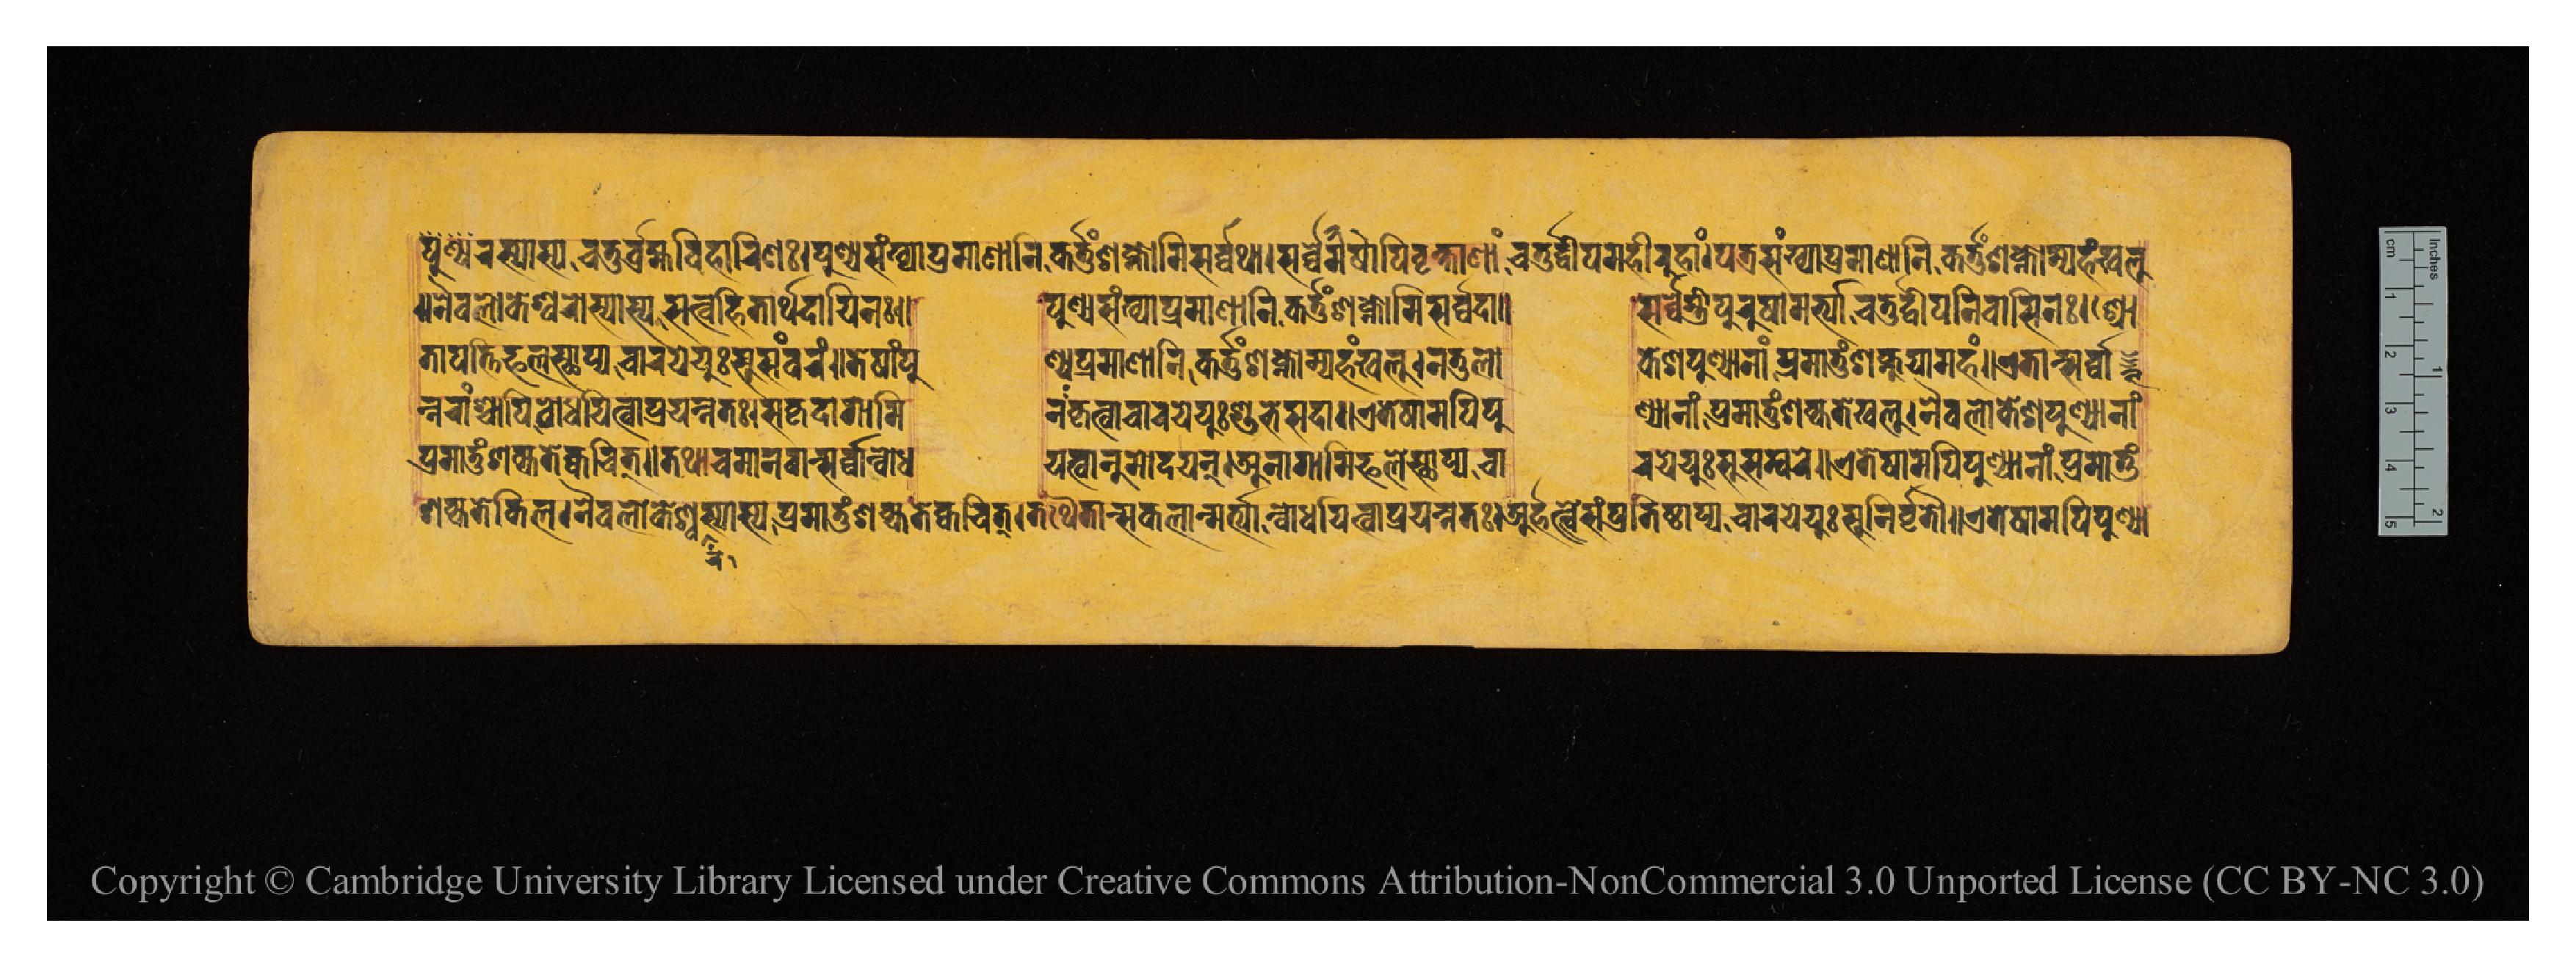
𑐬𑐳𑑂𑐫𑐵𑐳𑑂𑐫𑐔𑐟𑐸𑐬𑑂𑐧𑑂𑐬𑐴𑑂𑐩𑐰𑐶𑐴𑐵𑐬𑐶𑐞𑑅𑑋𑐥𑐸𑐞𑑂𑐫𑐳𑑄𑐏𑑂𑐫𑐵𑐥𑑂𑐬𑐩𑐵𑐞𑐵𑐣𑐶𑐎𑐬𑑂𑐟𑐸𑑄𑐱𑐎𑑂𑐣𑑀𑐩𑐶𑐳𑐬𑑂𑐰𑑂𑐰𑐠𑐵𑑋𑐳𑐬𑑂𑐰𑑂𑐰𑐾𑐲𑐵𑐩𑐥𑐶𑐰𑐺𑐎𑑂𑐲𑐵𑐞𑐵𑐘𑑂𑐔𑐟𑐸𑐬𑑂𑐡𑑂𑐰𑐶𑐥𑐩𑐴𑐷𑐬𑐸𑐴𑐵𑑄𑑋𑐥𑐟𑑂𑐬𑐳𑑄𑐏𑑂𑐫𑐵𑐥𑑂𑐬𑐩𑐵𑐞𑐵𑐣𑐶𑐎𑐬𑑂𑐟𑐸𑑄𑐱𑐎𑑂𑐣𑑀𑐩𑑂𑐫𑐴𑑄𑐏𑐮𑐸 𑑌𑐣𑐿𑐰𑐮𑑀𑐎𑐾𑐱𑑂𑐰𑐬𑐳𑑂𑐫𑐵𑐳𑑂𑐫𑐳𑐟𑑂𑐰𑐴𑐶𑐟𑐵𑐬𑑂𑐠𑐡𑐵𑐫𑐶𑐣𑑅𑑌  𑐥𑐸𑐞𑑂𑐫𑐳𑑄𑐏𑑂𑐫𑐵𑐥𑑂𑐬𑐩𑐵𑐞𑐵𑐣𑐶𑐎𑐬𑑂𑐟𑐸𑑄𑐱𑐎𑑂𑐣𑑀𑐩𑐶𑐳𑐬𑑂𑐰𑑂𑐰𑐡𑐵𑑌  𑐳𑐬𑑂𑐰𑑂𑐰𑐾𑐳𑑂𑐟𑑂𑐬𑐷𑐥𑐸𑐬𑐸𑐲𑐵𑐩𑐬𑑂𑐫𑐵𑐱𑑂𑐔𑐟𑐸𑐬𑑂𑐡𑑂𑐰𑐷𑐥𑐣𑐶𑐰𑐵𑐳𑐶𑐣𑑅𑑋𑐱𑑂𑐬𑑀 𑐟𑐵𑐥𑐟𑑂𑐟𑐶𑐦𑐮𑐾𑐳𑑂𑐠𑐵𑐥𑑂𑐫𑐔𑐵𑐬𑐫𑐾𑐫𑐸𑑅𑐳𑐸𑐳𑑄𑐰𑐬𑑄𑑌𑐟𑐾𑐲𑐵𑑄𑐥𑐸  𑐞𑑂𑐫𑐥𑑂𑐬𑐩𑐵𑐞𑐵𑐣𑐶𑐎𑐬𑑂𑐟𑐸𑑄𑐱𑐎𑑂𑐣𑑀𑐩𑑂𑐫𑐴𑑄𑐏𑐮𑐸𑑋𑐣𑐟𑐸𑐮𑑀  𑐎𑐾𑐱𑐥𑐸𑐞𑑂𑐫𑐵𑐣𑐵𑑄𑐥𑑂𑐬𑐩𑐵𑐟𑐸𑑄𑐱𑐎𑑂𑐣𑐸𑐫𑐵𑐩𑐴𑑄𑑌𑐊𑐟𑐵𑐣𑑂𑐳𑐬𑑂𑐰𑑂𑐰𑐵 𑐣𑑂𑐣𑐬𑐵𑑄𑐱𑑂𑐔𑐵𑐥𑐶𑐧𑑀𑐢𑐫𑐶𑐟𑑂𑐰𑐵𑐥𑑂𑐬𑐫𑐟𑑂𑐣𑐟𑑅𑑋𑐳𑐎𑐺𑐡𑐵𑐐𑐵𑐩𑐶  𑐣𑑄𑐎𑐺𑐟𑑂𑐰𑐵𑐔𑐵𑐬𑐫𑐾𑐫𑐸𑑅𑐱𑐸𑐨𑐾𑐳𑐡𑐵𑑌𑐊𑐟𑐾𑐲𑐵𑐩𑐥𑐶𑐥𑐸  𑐞𑑂𑐫𑐵𑐣𑐵𑑄𑐥𑑂𑐬𑐩𑐵𑐟𑐸𑑄𑐱𑐎𑑂𑐫𑐟𑐾𑐏𑐮𑐸𑑋𑐣𑐿𑐰𑐮𑑀𑐎𑐾𑐱𑐥𑐸𑐞𑑂𑐫𑐵𑐣𑐵𑑄 𑐥𑑂𑐬𑐩𑐵𑐟𑐸𑑄𑐱𑐎𑑂𑐫𑐟𑐾𑐎𑑂𑐰𑐔𑐶𑐟𑑂𑑌𑐟𑐠𑐵𑐔𑐩𑐵𑐣𑐰𑐵𑐣𑑂𑐳𑐬𑑂𑐰𑑂𑐰𑐵𑐣𑑂𑐧𑑀𑐢  𑐫𑐶𑐟𑑂𑐰𑐵𑐣𑐸𑐩𑑀𑐡𑐫𑐣𑑂𑑋𑐀𑐣𑐵𑐐𑐵𑐩𑐷𑐦𑐮𑐾𑐳𑑂𑐠𑐵𑐥𑑂𑐫𑐔𑐵  𑐬𑐫𑐾𑐫𑐸𑑅𑐳𑐸𑐳𑑄𑐧𑐬𑐾𑑌𑐊𑐟𑐾𑐲𑐵𑐩𑐥𑐶𑐥𑐸𑐞𑑂𑐫𑐵𑐣𑐵𑑄𑐥𑑂𑐬𑐩𑐵𑐟𑐸𑑄 𑐱𑐎𑑂𑐫𑐟𑐾𑐎𑐶𑐮𑑋𑐣𑐿𑐰𑐮𑑀𑐎𑐾𑐱𑑂𑐰𑐬𑐳𑑂𑐫𑐵𑐳𑑂𑐫𑐥𑑂𑐬𑐩𑐵𑐟𑐸𑑄𑐱𑐎𑑂𑐫𑐟𑐾𑐎𑑂𑐰𑐔𑐶𑐟𑑂𑑋𑐟𑐠𑐿𑐟𑐵𑐣𑑂𑐳𑐎𑐮𑐵𑐣𑑂𑐩𑐬𑑂𑐟𑑂𑐫𑐵𑐣𑑂𑐧𑑀𑐢𑐫𑐶𑐟𑑂𑐰𑐵𑐥𑑂𑐬𑐫𑐟𑑂𑐣𑐟𑑅𑑋𑐀𑐬𑑂𑐴𑐟𑑂𑐰𑐾𑐳𑑄𑐥𑑂𑐬𑐟𑐶𑐳𑑂𑐠𑐵𑐥𑑂𑐫𑐔𑐵𑐬𑐫𑐾𑐫𑐸𑑅𑐳𑐸𑐣𑐶𑐬𑑂𑐰𑐺𑐟𑑁𑑌𑐊𑐟𑐾𑐲𑐵𑐩𑐥𑐶𑐥𑐸𑐞𑑂𑐫𑐵